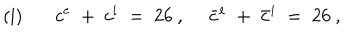
\mathrm { ( i ) } \phantom { m m } c ^ { e } \; + \; c ^ { i } \; = \; 2 6 \ , \quad \ \bar { c } ^ { e } \; + \; \bar { c } ^ { i } \; = \; 2 6 \ , \phantom { Z e i c h n u n g Z e i c h n u n g Z e i c h n }